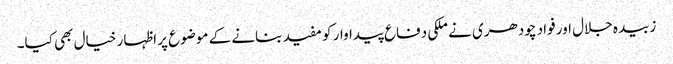
زبیدہ جلال اور فواد چودھری نے ملکی دفاع پیداوار کو مفید بنانے کے موضوع پر اظہار خیال بھی کیا۔